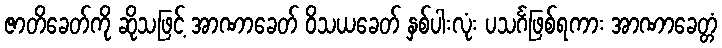
ဇာတိခေတ်ကို ဆိုသဖြင့် အာဏာခေတ် ဝိသယခေတ် နှစ်ပါးလုံး ပသင်္ဂဖြစ်ရကား အာဏာခေတ္တံ